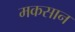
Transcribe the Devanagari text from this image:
मकसान